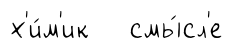
х'и́м'ик смы́сл'е